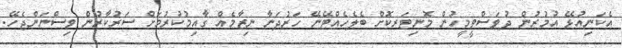
އެކަނިއުޅޭ އުމުރުން ދުވަސްވީމީހުން މޮނިޓަރކޮށް ބެލެހެއްޓޭނޭ ހަރުދަނާ ނިޒާމެއް ގާއިމުކުރުމަށް ސަރުކާރުން ވިސްނަންޖެހޭ.